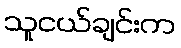
သူငယ်ချင်းက